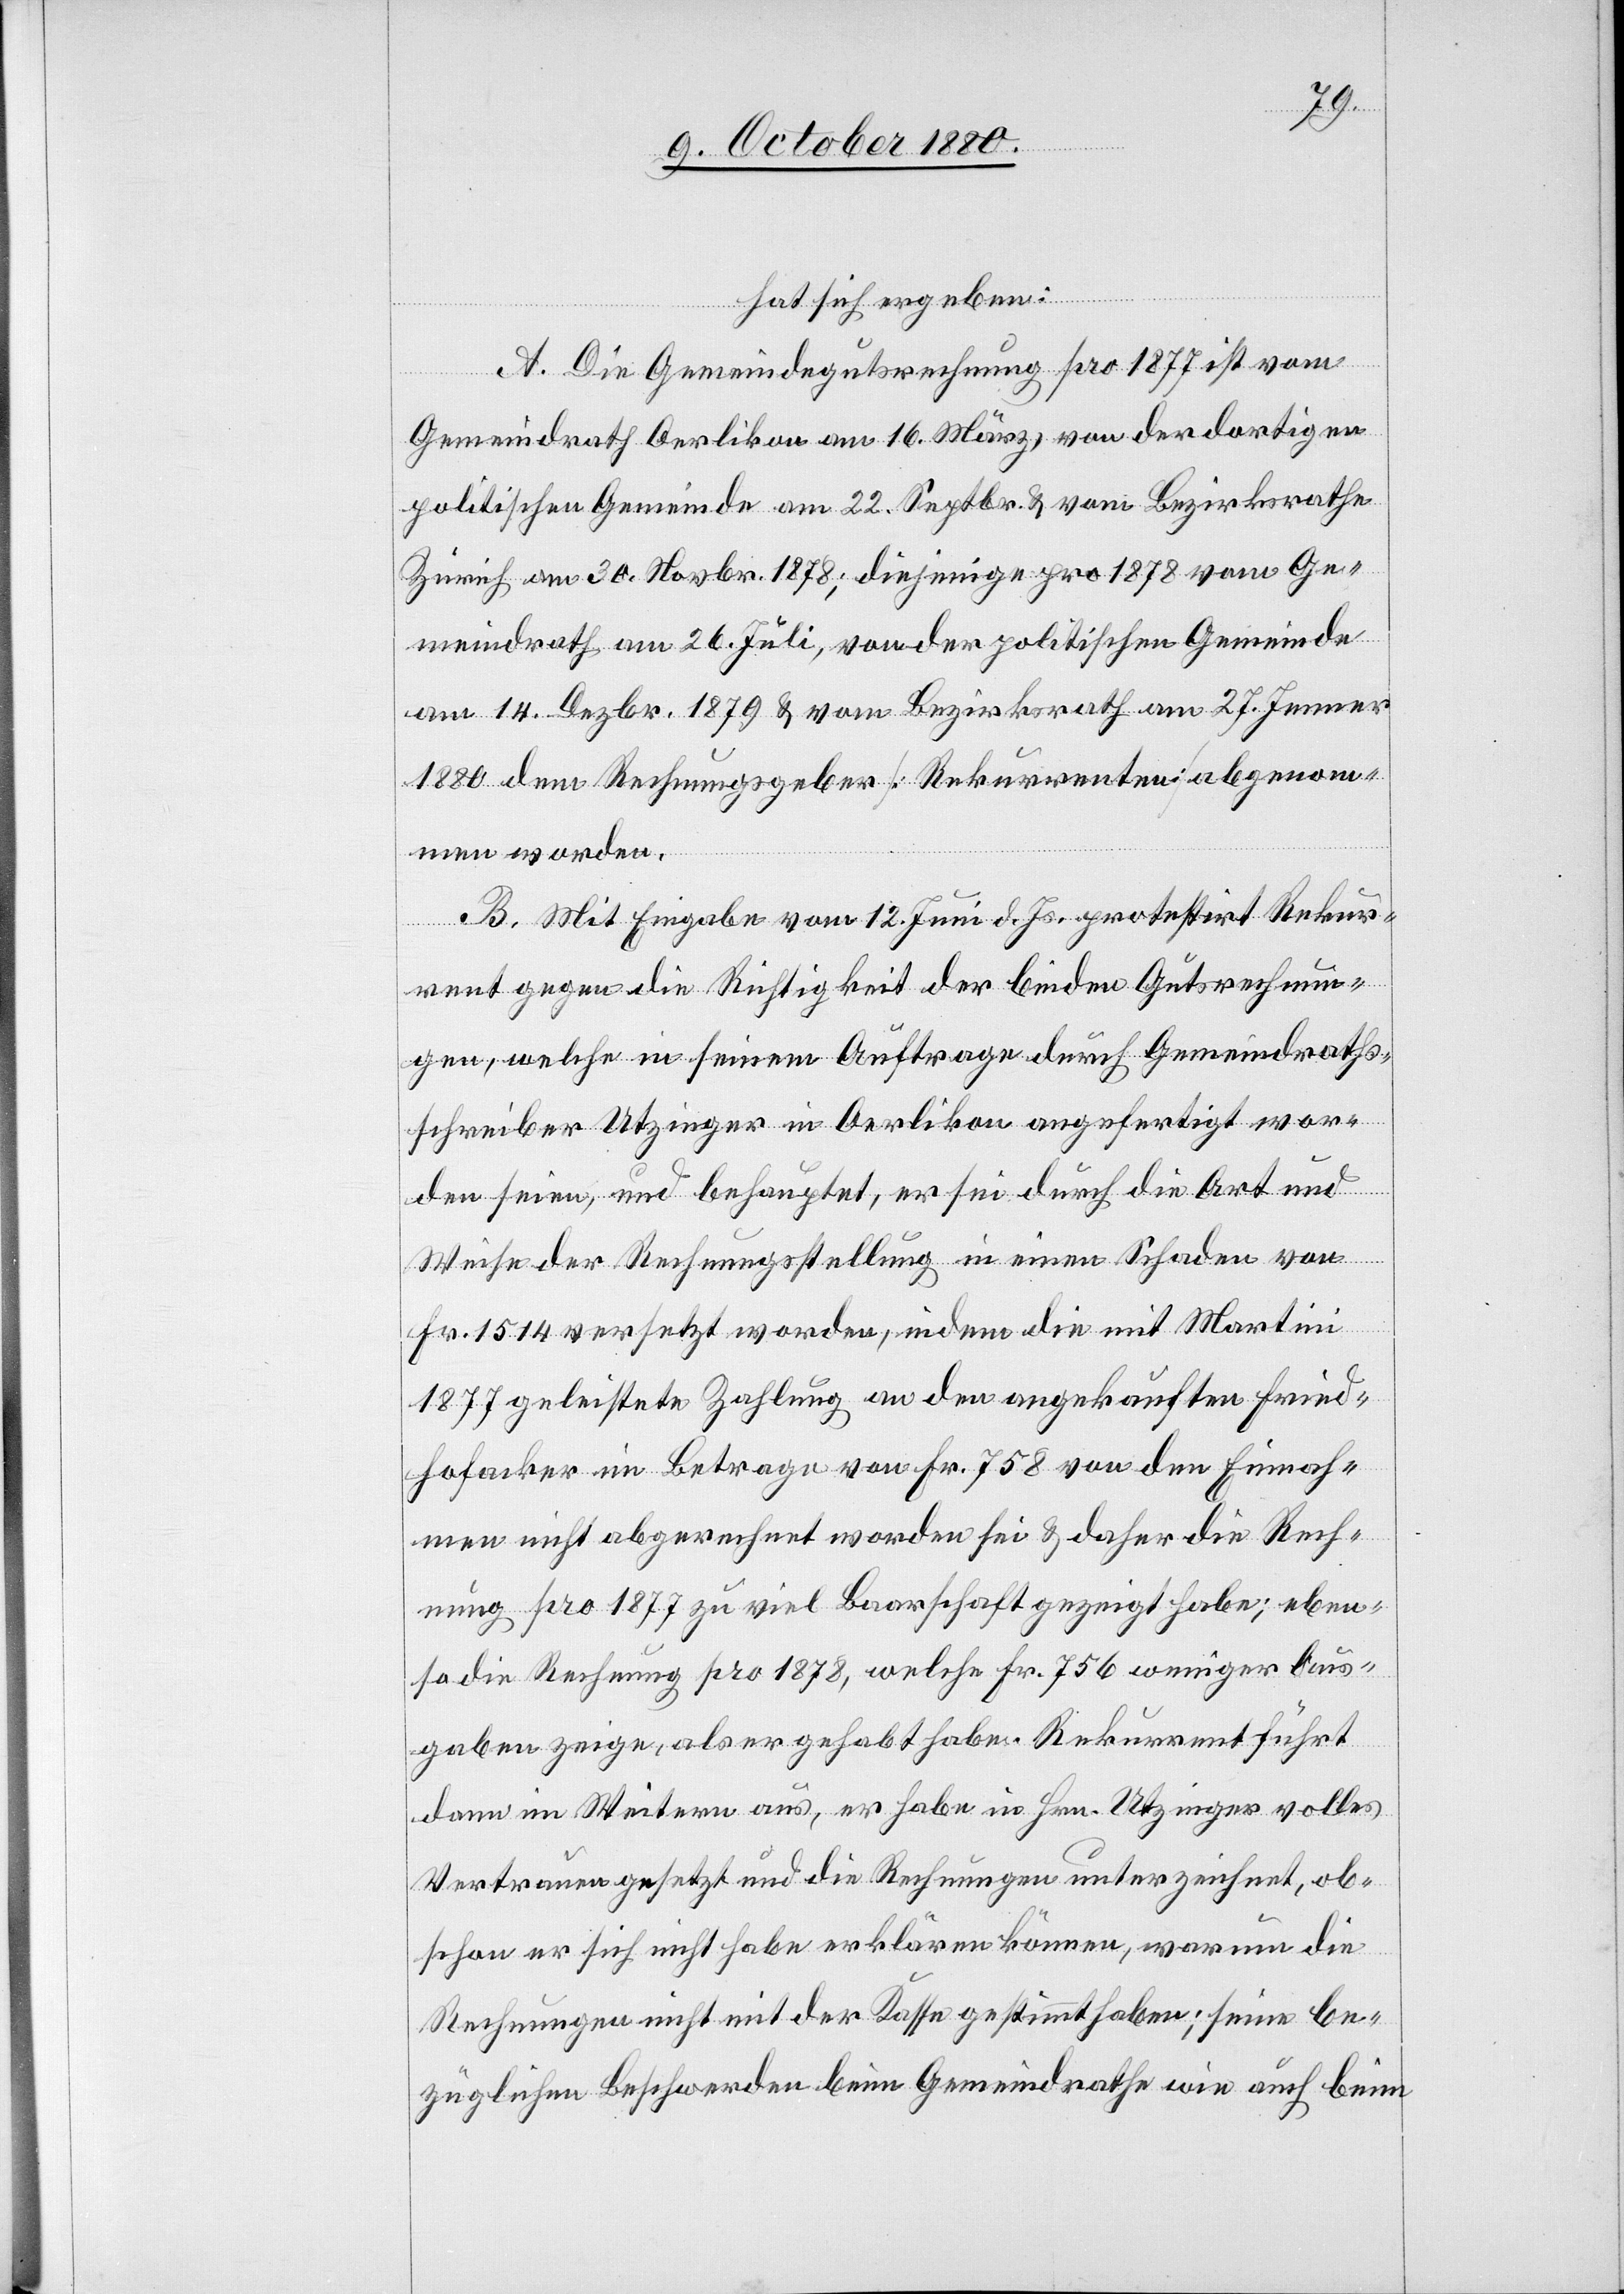
hat sich ergeben:
A. Die Gemeindegutsrechnung pro 1877 ist vom
Gemeindrath Oerlikon am 16. März, von der dortigen
politischen Gemeinde am 22. Septbr. & vom Bezirksrathe
Zürich am 30. Novbr. 1878; diejenige pro 1878 vom Ge¬
meindrath am 26. Juli, von der politischen Gemeinde
am 14. Dezbr. 1879 & vom Bezirksrath am 27. Jenner
1880 dem Rechnungsgeber [Rekurrenten] abgenom¬
men worden.
B. Mit Eingabe vom 12. Juni d. Js. protestirt Rekur¬
rent gegen die Richtigkeit der beiden Gutsrechnun¬
gen, welche in seinem Auftrage durch Gemeindraths¬
schreiber Utzinger in Oerlikon angefertigt wor¬
den seien, und behauptet, er sei durch die Art und
Weise der Rechnungsstellung in einen Schaden von
Fr. 1514 versetzt worden, indem die mit Martini
1877 geleistete Zahlung an den angekauften Fried¬
hofacker im Betrage von Fr. 758 von den Einnah¬
men nicht abgerechnet worden sei & daher die Rech¬
nung pro 1877 zu viel Baarschaft gezeigt habe; eben¬
so die Rechnung pro 1878, welche Fr. 756 weniger Aus¬
gaben zeige, als er gehabt habe. Rekurrent führt
dann im Weitern aus, er habe in Hrn. Utzinger volles
Vertrauen gesetzt und die Rechnungen unterzeichnet, ob¬
schon er sich nicht habe erklären können, warum die
Rechnungen nicht mit der Kasse gestimmt haben; seine be¬
züglichen Beschwerden beim Gemeindrathe wie auch beim